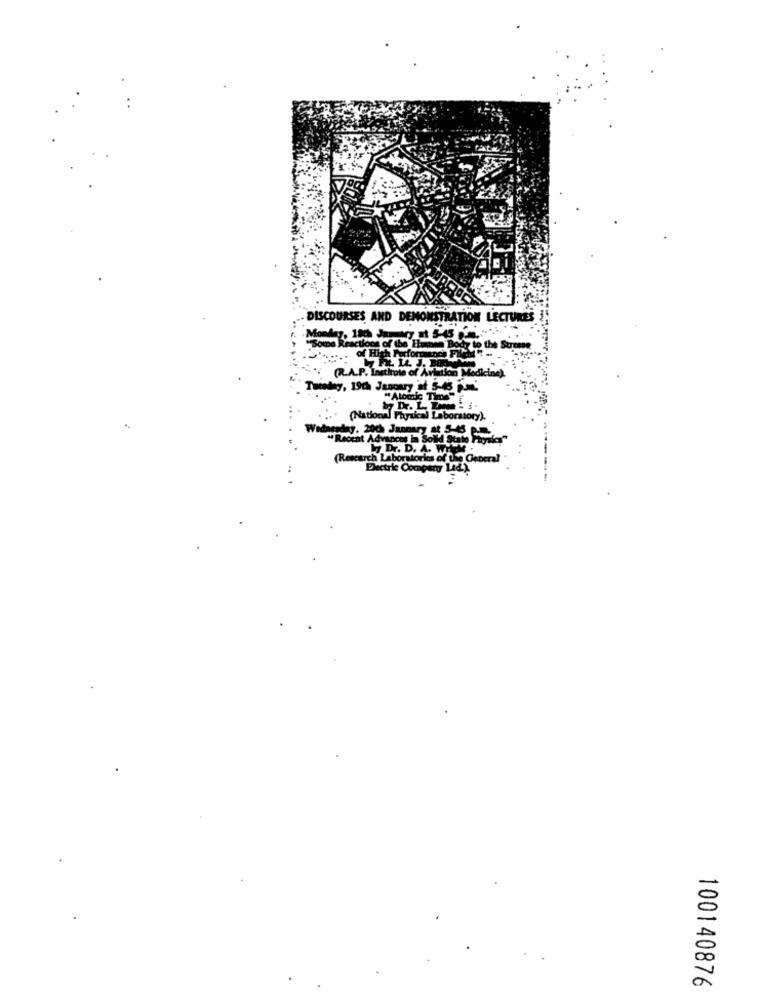
- DISCOURSES AND DEMONSTRATION LECTURES
"Some Reactions of the Human Body to the Summe
...... of High Performance FREM -..
(R.A.P. Institute of Aviation Medicine)
Tuesday, 19th January af 5-45 Pm
"Atomic Time"
(National Physical Laboratory).
Wednesday, 20ch Jannary #8 5-45 P.M .,
" Recent Advances in Solid State Finales"
D. D. A. WIEM
(Research Laboratories of the General
Electric Company L4d.).
-----
100140876